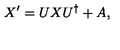
X ^ { \prime } = U X U ^ { \dagger } + A ,